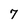
Character: 7